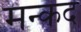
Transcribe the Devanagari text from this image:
मन्कद